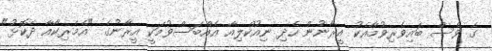
ގެ ވެސް ބައިވެރިވުމާއެކު އީރާނުން ހެދި ނިއުކްލިއާ އެއްބަސްވުމަކީ އީރާނުގެ "އެމެރިކާއާ ދެކޮޅު"